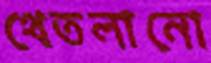
থেতলানো